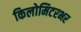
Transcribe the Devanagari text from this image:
किलोमिटरभर